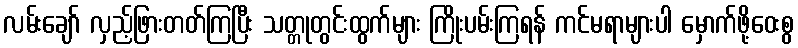
လမ်းချော် လှည့်ဖြားတတ်ကြပြီး သတ္တုတွင်းထွက်များ ကြိုးပမ်းကြရန် ကင်မရာများပါ မှောက်ဖို့ဝေးစွ